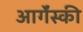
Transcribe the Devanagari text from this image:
आर्गेंस्की